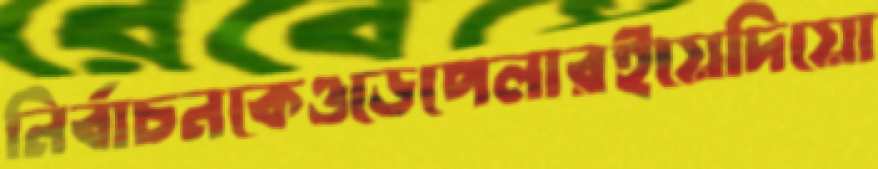
নির্বাচনকেওডেপেলারইয়েদিয়ো